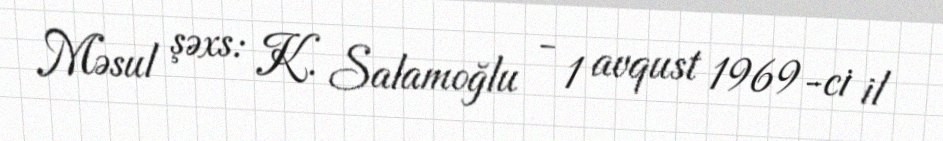
Məsul şəxs: K. Salamoğlu - 1 avqust 1969-ci il